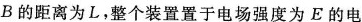
B的距离为L，整个装置置于电场强度为E的电